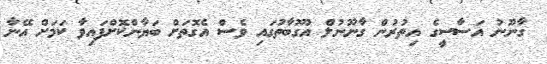
ގާނޫނު އަސާސީގެ އިތުރުން ގާނޫނުލް އުގޫބާތުގައި ވެސް އެގޮތަށް ބަޔާންކޮށްފައިވާ ކަމަށް އޭނާ